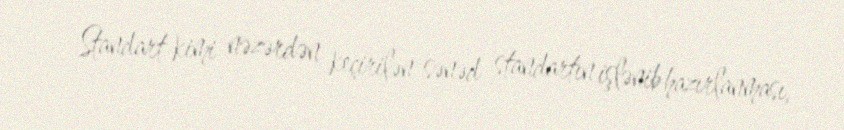
Standart kimi nəzərdən keçirilən sənəd standartın işlənib hazırlanması,